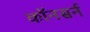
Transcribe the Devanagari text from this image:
कॉनसर्न